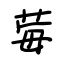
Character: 莓